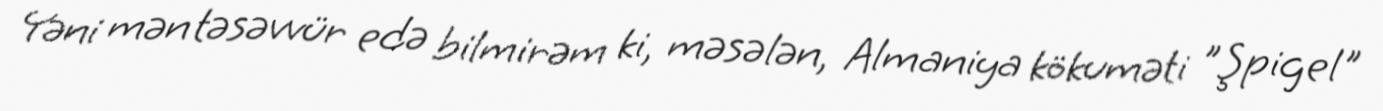
Yəni mən təsəvvür edə bilmirəm ki, məsələn, Almaniya kökuməti ”Şpigel"